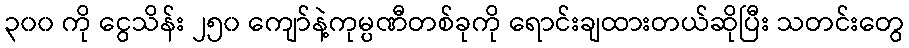
၃၀၀ ကို ငွေသိန်း ၂၅၀ ကျော်နဲ့ကုမ္ပဏီတစ်ခုကို ရောင်းချထားတယ်ဆိုပြီး သတင်းတွေ